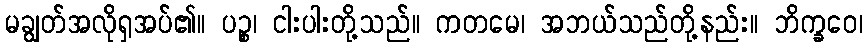
မချွတ်အလိုရှအပ်၏။ ပဉ္စ၊ ငါးပါးတို့သည်။ ကတမေ၊ အဘယ်သည်တို့နည်း။ ဘိက္ခဝေ၊